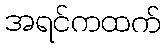
အရင်ကထက်